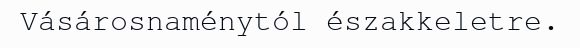
Vásárosnaménytól északkeletre.